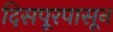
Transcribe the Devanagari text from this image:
दिसपूरपासून